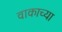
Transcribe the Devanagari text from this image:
वाकाच्या